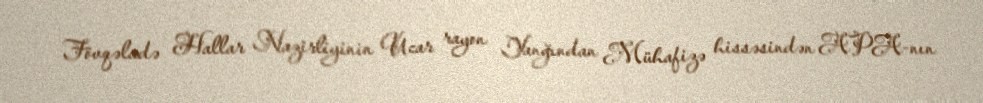
Fövqəladə Hallar Nazirliyinin Ucar rayon Yanğından Mühafizə hissəsindən APA-nın